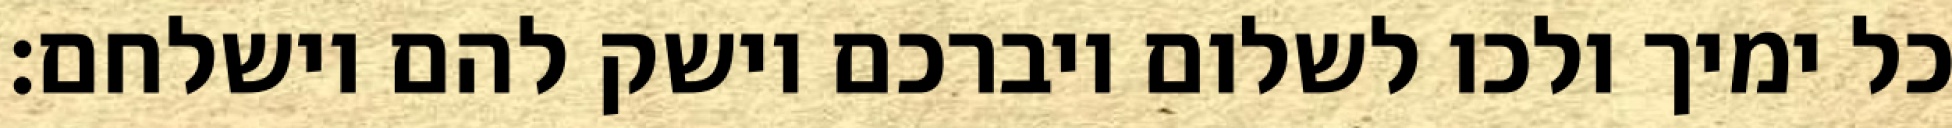
כל ימיך ולכו לשלום ויברכם וישק להם וישלחם: